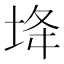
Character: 鿍